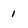
Character: 1